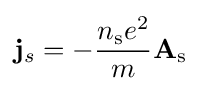
\mathbf {j} _{s}=-{\frac {n_{\rm {s}}e^{2}}{m}}\mathbf {A} _{\rm {s}}